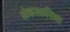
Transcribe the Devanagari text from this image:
अंकाकरिता